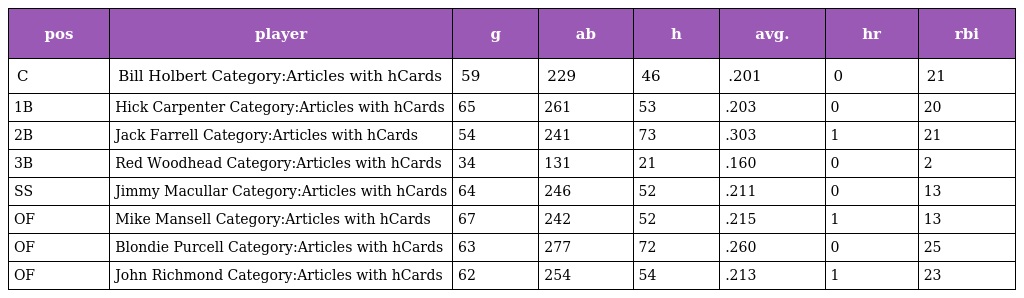
| pos | player | g | ab | h | avg. | hr | rbi |
 | --- | --- | --- | --- | --- | --- | --- | --- |
 | C | Bill Holbert Category:Articles with hCards | 59 | 229 | 46 | .201 | 0 | 21 |
 | 1B | Hick Carpenter Category:Articles with hCards | 65 | 261 | 53 | .203 | 0 | 20 |
 | 2B | Jack Farrell Category:Articles with hCards | 54 | 241 | 73 | .303 | 1 | 21 |
 | 3B | Red Woodhead Category:Articles with hCards | 34 | 131 | 21 | .160 | 0 | 2 |
 | SS | Jimmy Macullar Category:Articles with hCards | 64 | 246 | 52 | .211 | 0 | 13 |
 | OF | Mike Mansell Category:Articles with hCards | 67 | 242 | 52 | .215 | 1 | 13 |
 | OF | Blondie Purcell Category:Articles with hCards | 63 | 277 | 72 | .260 | 0 | 25 |
 | OF | John Richmond Category:Articles with hCards | 62 | 254 | 54 | .213 | 1 | 23 |